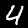
Label: 4